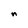
Character: n